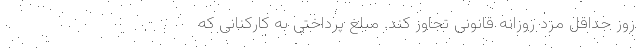
روز حداقل مزد روزانه قانونی تجاوز کند. مبلغ پرداختی به کارکنانی که